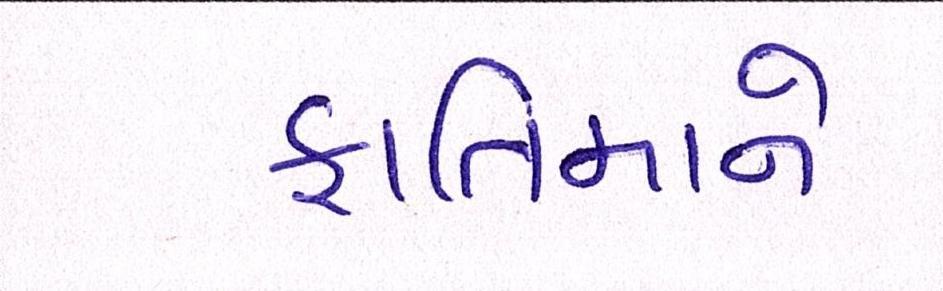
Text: ફાતિમાને